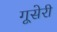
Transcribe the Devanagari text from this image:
गूसेरी